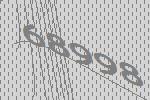
68998